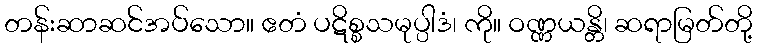
တန်းဆာဆင်အပ်သော။ ဧတံ ပဋိစ္စသမုပ္ပါဒံ၊ ကို။ ဝဏ္ဏယန္တိ၊ ဆရာမြတ်တို့